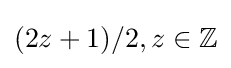
{(2z+1)/2,z\in \mathbb {Z} }